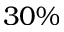
3 0 \%